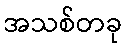
အသစ်တခု